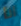
انا